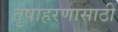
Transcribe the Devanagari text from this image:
तृषाहरणासाठीं